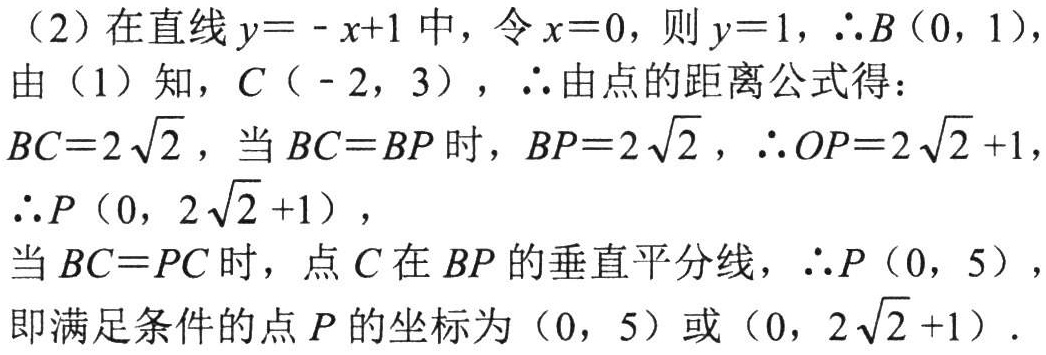
（2）在直线\(y = - x + 1\)中，令\(x = 0\)，则\(y = 1\)，\(\therefore B(0,1)\)，

由（1）知，\(C(-2,3)\)，\(\therefore\)由点的距离公式得：

\(BC = 2\sqrt{2}\)，当\(BC = BP\)时，\(BP = 2\sqrt{2}\)，\(\therefore OP = 2\sqrt{2}+1\)，

\(\therefore P(0,2\sqrt{2}+1)\)，

当\(BC = PC\)时，点\(C\)在\(BP\)的垂直平分线，\(\therefore P(0,5)\)，

即满足条件的点\(P\)的坐标为\((0,5)\)或\((0,2\sqrt{2}+1)\)．